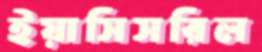
ইয়াসিসরিল